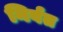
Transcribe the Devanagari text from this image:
निर्वत